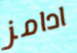
ادامز